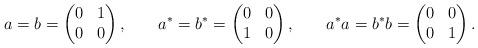
LaTeX: \begin{align*}a = b &= \begin{pmatrix} 0& 1 \\ 0 & 0 \end{pmatrix},& a^* = b^* &= \begin{pmatrix} 0& 0 \\ 1 & 0 \end{pmatrix}, &a^* a = b^* b &= \begin{pmatrix} 0& 0 \\ 0 & 1 \end{pmatrix}.\end{align*}